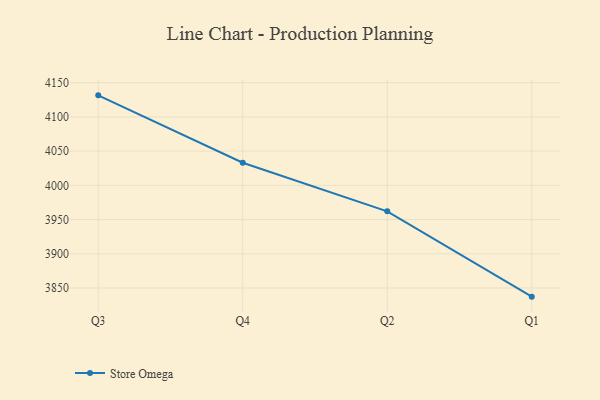
{"axis": {"x": "Quarter", "y": "Shipments"}, "legend": ["Store Omega"], "data": [{"x": "Q3", "y": 4131.5, "type": "Store Omega"}, {"x": "Q4", "y": 4033.1, "type": "Store Omega"}, {"x": "Q2", "y": 3962.0, "type": "Store Omega"}, {"x": "Q1", "y": 3837.4, "type": "Store Omega"}]}